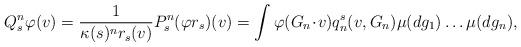
LaTeX: \begin{align*}Q_s^n\varphi(v)= \frac{1}{\kappa(s)^n r_{s}(v)} P_s^n(\varphi r_{s})(v)= \int \varphi(G_n \!\cdot\! v) q_{n}^{s}(v, G_n) \mu(dg_1)\ldots \mu(dg_n),\end{align*}